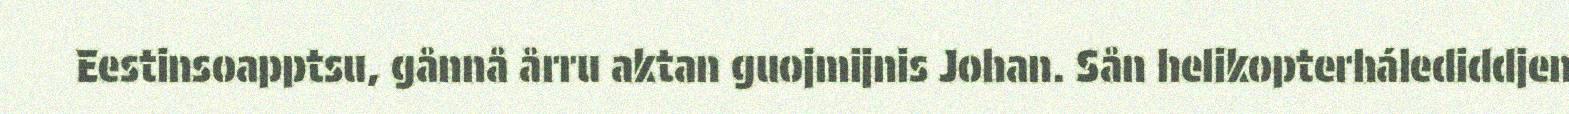
Eestinsoapptsu, gånnå årru aktan guojmijnis Johan. Sån helikopterhálediddjen